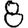
Digit: 8